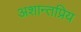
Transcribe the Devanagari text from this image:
अशान्तप्रिय